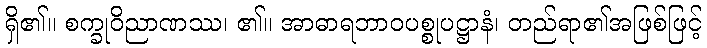
ရှိ၏။ စက္ခုဝိညာဏဿ၊ ၏။ အာဓာရဘာဝပစ္စုပဋ္ဌာနံ၊ တည်ရာ၏အဖြစ်ဖြင့်